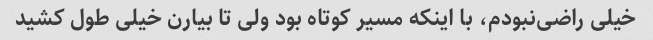
خیلی راضی‌نبودم، با اینکه مسیر کوتاه بود ولی تا بیارن خیلی طول کشید